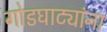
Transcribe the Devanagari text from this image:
गोडघाट्यांना